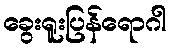
ခွေးရူးပြန်ရောဂါ